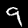
Digit: 9